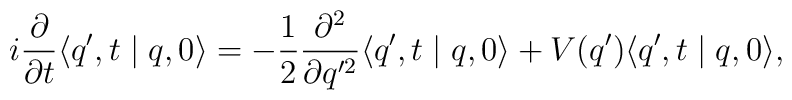
i\frac{\partial}{\partial t} \langle q',t\mid q,0 \rangle =  -\frac{1}{2} \frac{\partial^2}{\partial q'^2}  \langle q',t\mid q,0 \rangle + V(q') \langle q',t\mid q,0 \rangle,